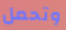
وتحمل